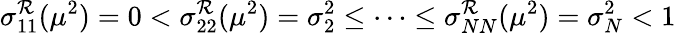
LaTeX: \sigma_{11}^{\mathcal{R}}(\mu^{2})=0<\sigma_{22}^{\mathcal{R}}(\mu^{2})=\sigma_{2}^{2}\leq\dots\leq\sigma_{NN}^{\mathcal{R}}(\mu^{2})=\sigma_{N}^{2}<1